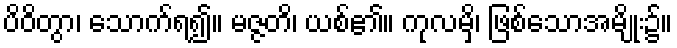
ပိဝိတွာ၊ သောက်ရ၍။ မဇ္ဇတိ၊ ယစ်၏။ ကုလမှိ၊ ဖြစ်သောအမျိုး၌။